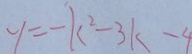
y = - k ^ { 2 } - 3 k - 4